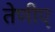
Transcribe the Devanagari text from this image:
तेणीए